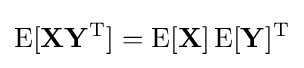
\operatorname {E} [\mathbf {X} \mathbf {Y} ^{\rm {T}}]=\operatorname {E} [\mathbf {X} ]\operatorname {E} [\mathbf {Y} ]^{\rm {T}}